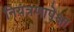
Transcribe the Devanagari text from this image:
नियंत्रणापेक्षा